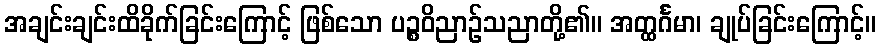
အချင်းချင်းထိခိုက်ခြင်းကြောင့် ဖြစ်သော ပဉ္စဝိညာဉ်သညာတို့၏။ အတ္ထင်္ဂမာ၊ ချုပ်ခြင်းကြောင့်။